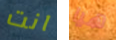
انت هيا